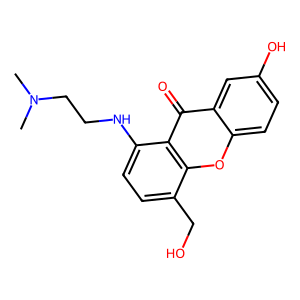
SMILES: CN(C)CCNc1ccc(CO)c2oc3ccc(O)cc3c(=O)c12
Inhibits HIV replication: No